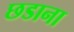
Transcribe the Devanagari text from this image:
छडाना